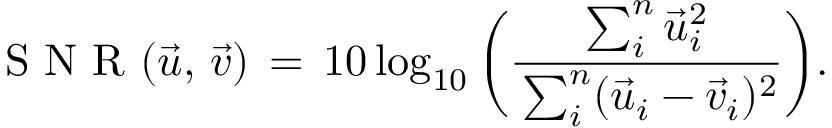
\mathrm { ~ S ~ N ~ R ~ } ( \vec { u } , \, \vec { v } ) \, = \, 1 0 \log _ { 1 0 } \bigg ( \frac { \sum _ { i } ^ { n } \vec { u } _ { i } ^ { 2 } } { { \, \sum _ { i } ^ { n } ( \vec { u } _ { i } - { \vec { v } } _ { i } ) ^ { 2 } } } \bigg ) .